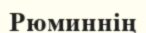
Рюминнің